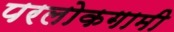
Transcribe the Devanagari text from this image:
परलोकगामी